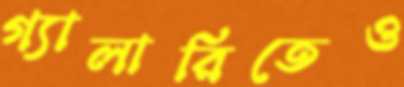
গ্যালারিতেও